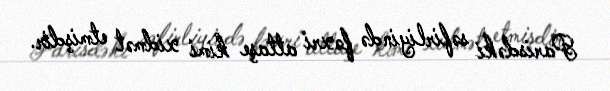
Parisdəki səfirliyində fəxri attaşe kimi xidmət etmişdir.